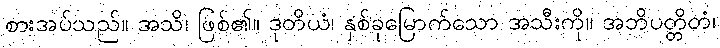
စားအပ်သည်။ အသိ၊ ဖြစ်၏။ ဒုတိယံ၊ နှစ်ခုမြောက်သော အသီးကို။ အဘိပတ္တိတံ၊